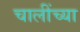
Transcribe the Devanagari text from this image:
चालींच्या